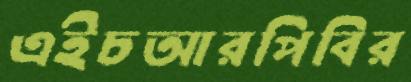
এইচআরপিবির